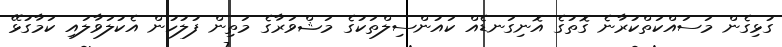
ގުޅިގެން މަސައްކަތްކުރާނެ ގޮތުގެ އޮނިގަނޑެއް ކައުންސިލްތަކުގެ މަޝްވަރާގެ މަތިން ފުލުހުން އެކުލަވާލައި ކަމާގުޅޭ